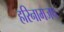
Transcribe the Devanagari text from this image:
हरिनामजप